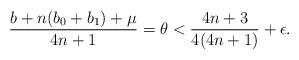
LaTeX: \begin{align*} \frac{b+n(b_0+b_1)+\mu}{4n+1}= \theta < \frac{4n+3}{4(4n+1)} + \epsilon.\end{align*}